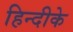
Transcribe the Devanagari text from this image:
हिन्दीके